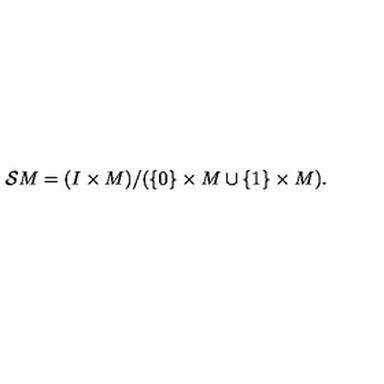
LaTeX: { \cal S } M = ( I \times M ) / ( \{ 0 \} \times M \cup \{ 1 \} \times M ) .